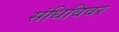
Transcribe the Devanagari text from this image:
संधिविवर